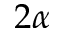
2 \alpha